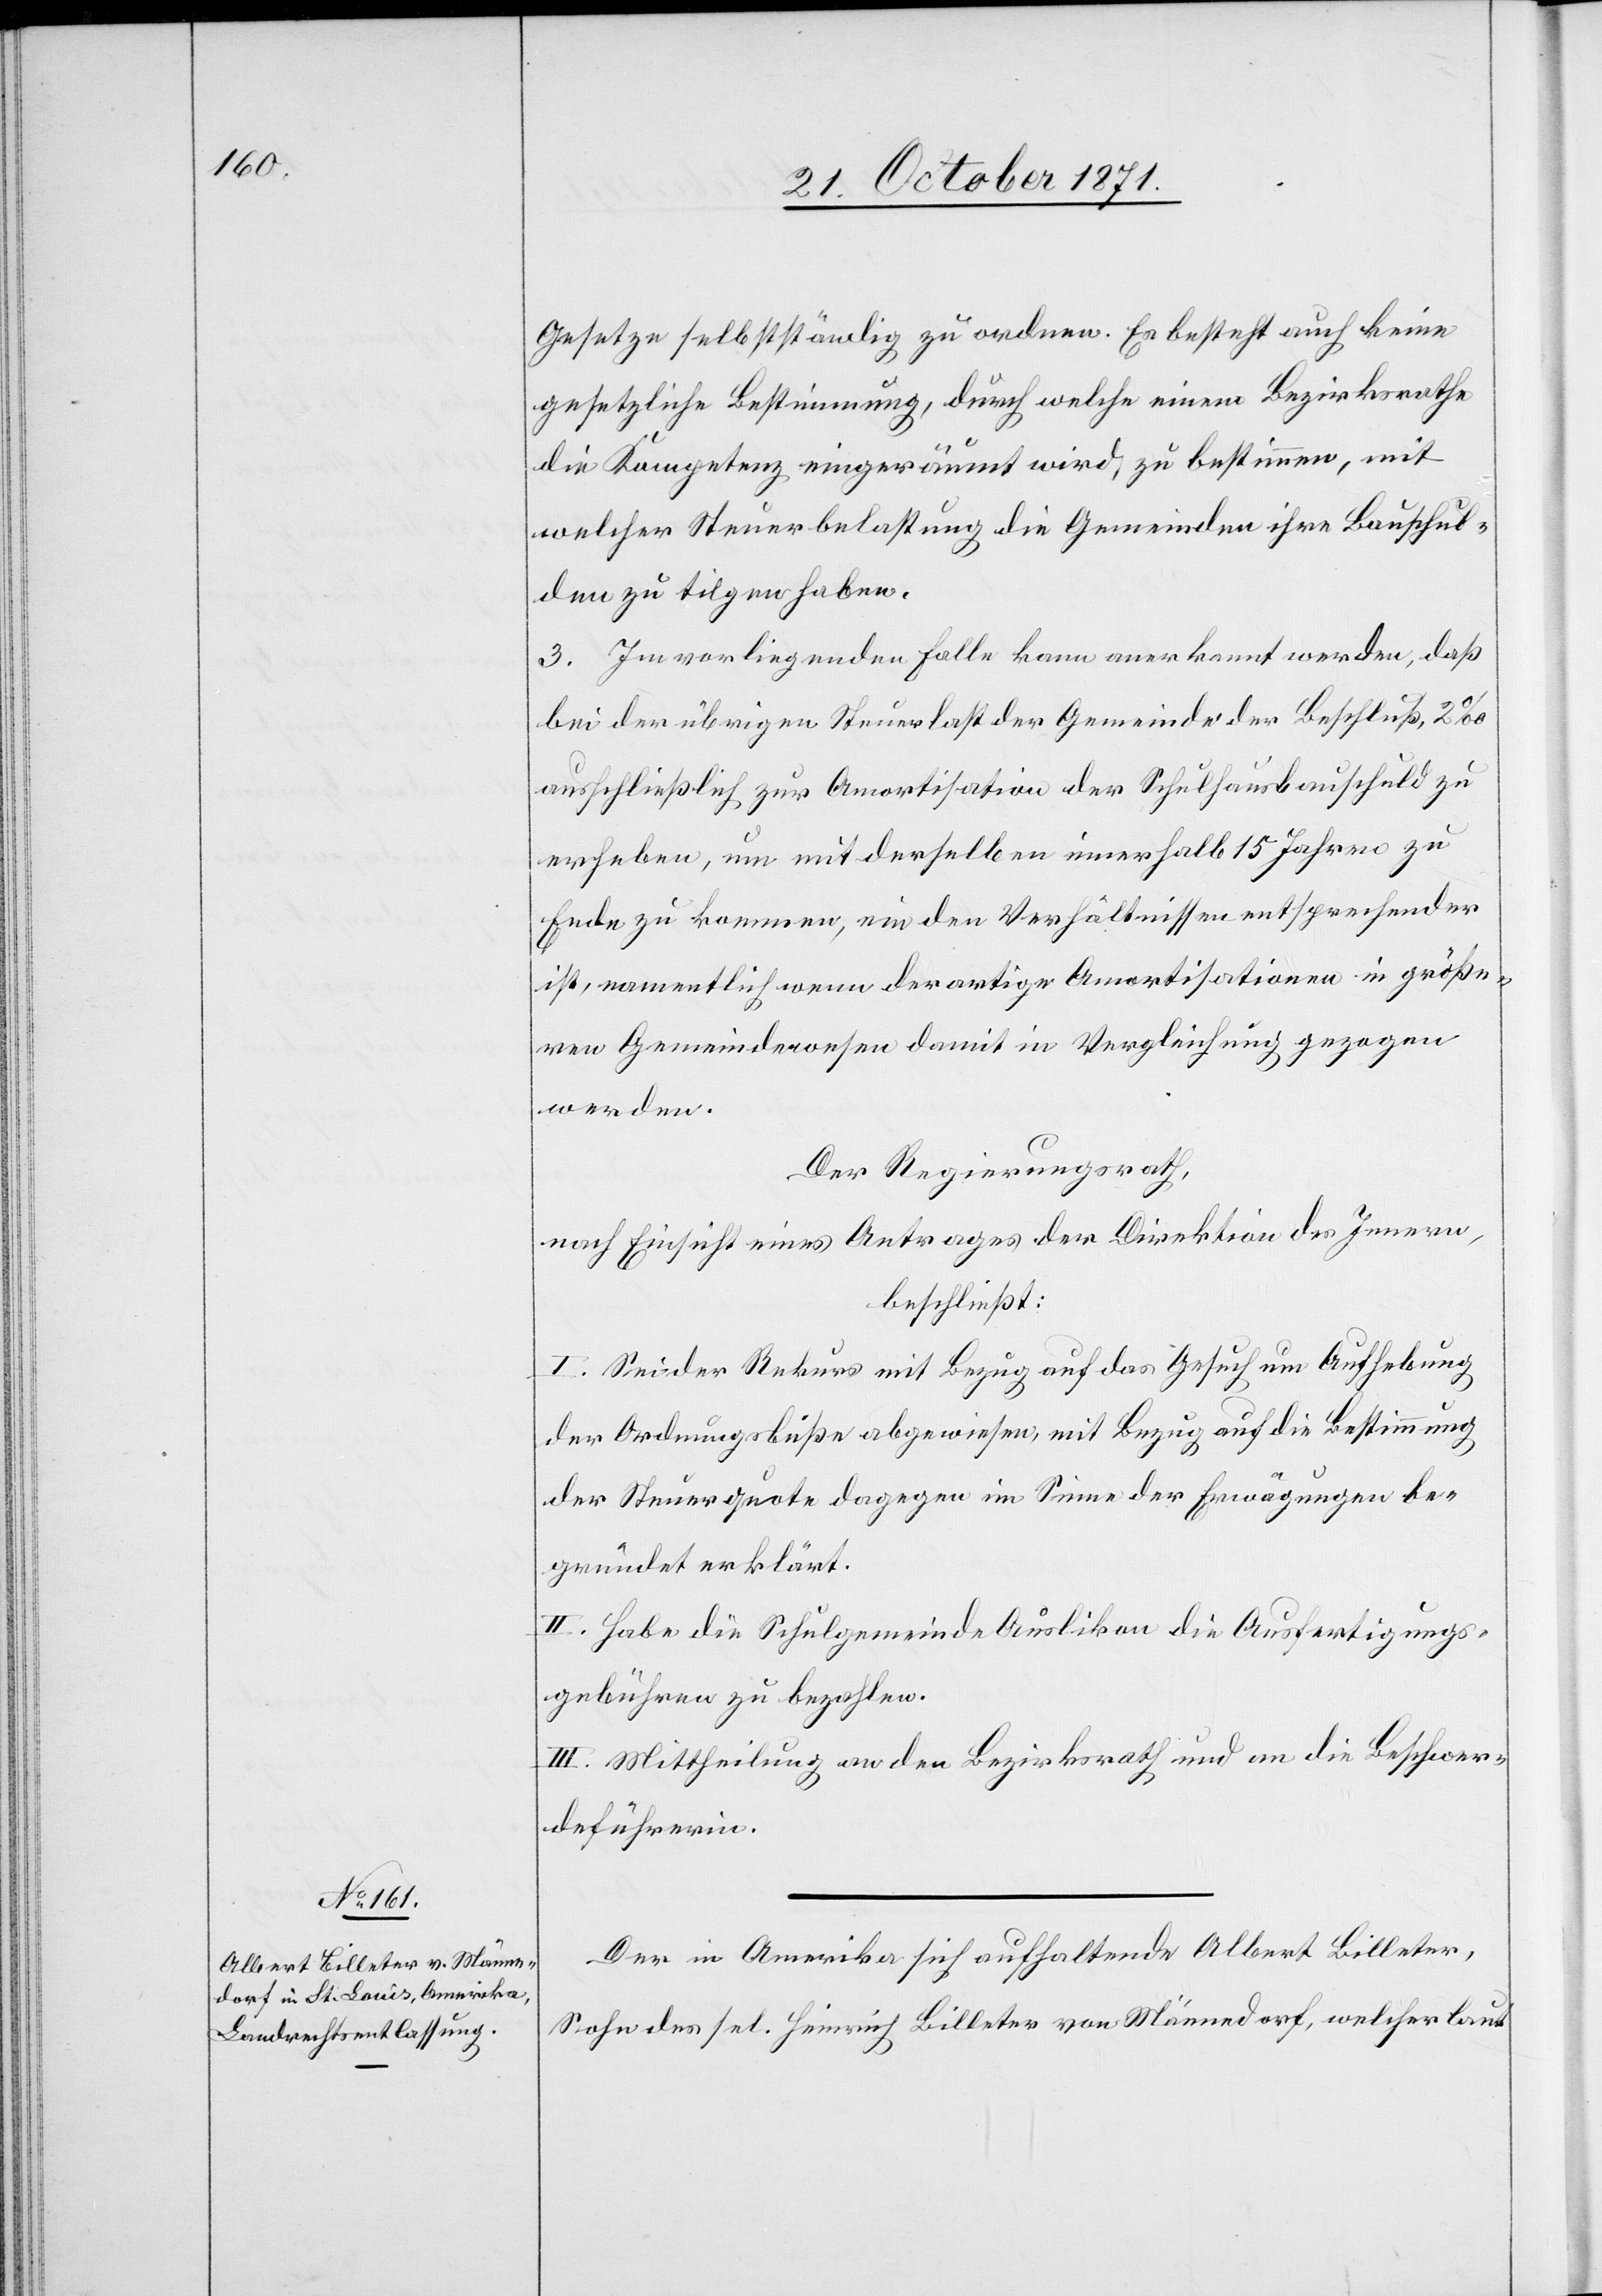
Gesetze selbstständig zu ordnen. Es besteht auch keine
gesetzliche Bestimmung, durch welche einem Bezirksrathe
die Kompetenz eingeräumt wird, zu bestimmen, mit
welcher Steuerbelastung die Gemeinden ihre Bauschul¬
den zu tilgen haben.
3. Im vorliegenden Falle kann anerkannt werden, daß
bei der übrigen Steuerlast der Gemeinden der Beschluß, 2‰
ausschließlich zur Amortisation der Schulhausbauschuld zu
erheben, um mit derselben innerhalb 15 Jahren zu
Ende zu kommen, ein den Verhältnissen entsprechender
ist, namentlich wenn derartige Amortisationen in größe¬
ren Gemeindewesen damit in Vergleichung gegangen
werden.
Der Regierungsrath,
nach Einsicht eines Antrages der Direktion des Innern,
beschließt:
I. Sei der Rekurs mit Bezug auf das Gesuch um Aufhebung
der Ordnungsbuße abgewiesen, mit Bezug auf die Bestimmung
der Steuerquote dagegen im Sinne der Erwägungen be¬
gründet erklärt.
II. Habe die Schulgemeinde Auslikon die Ausfertigungs¬
gebühren zu bezahlen.
III. Mittheilung an den Bezirksrath und an die Beschwer¬
deführerin.
Der in Amerika sich aufhaltende Albert Billeter,
Sohn des sel. Heinrich Billeter von Männedorf, welcher laut